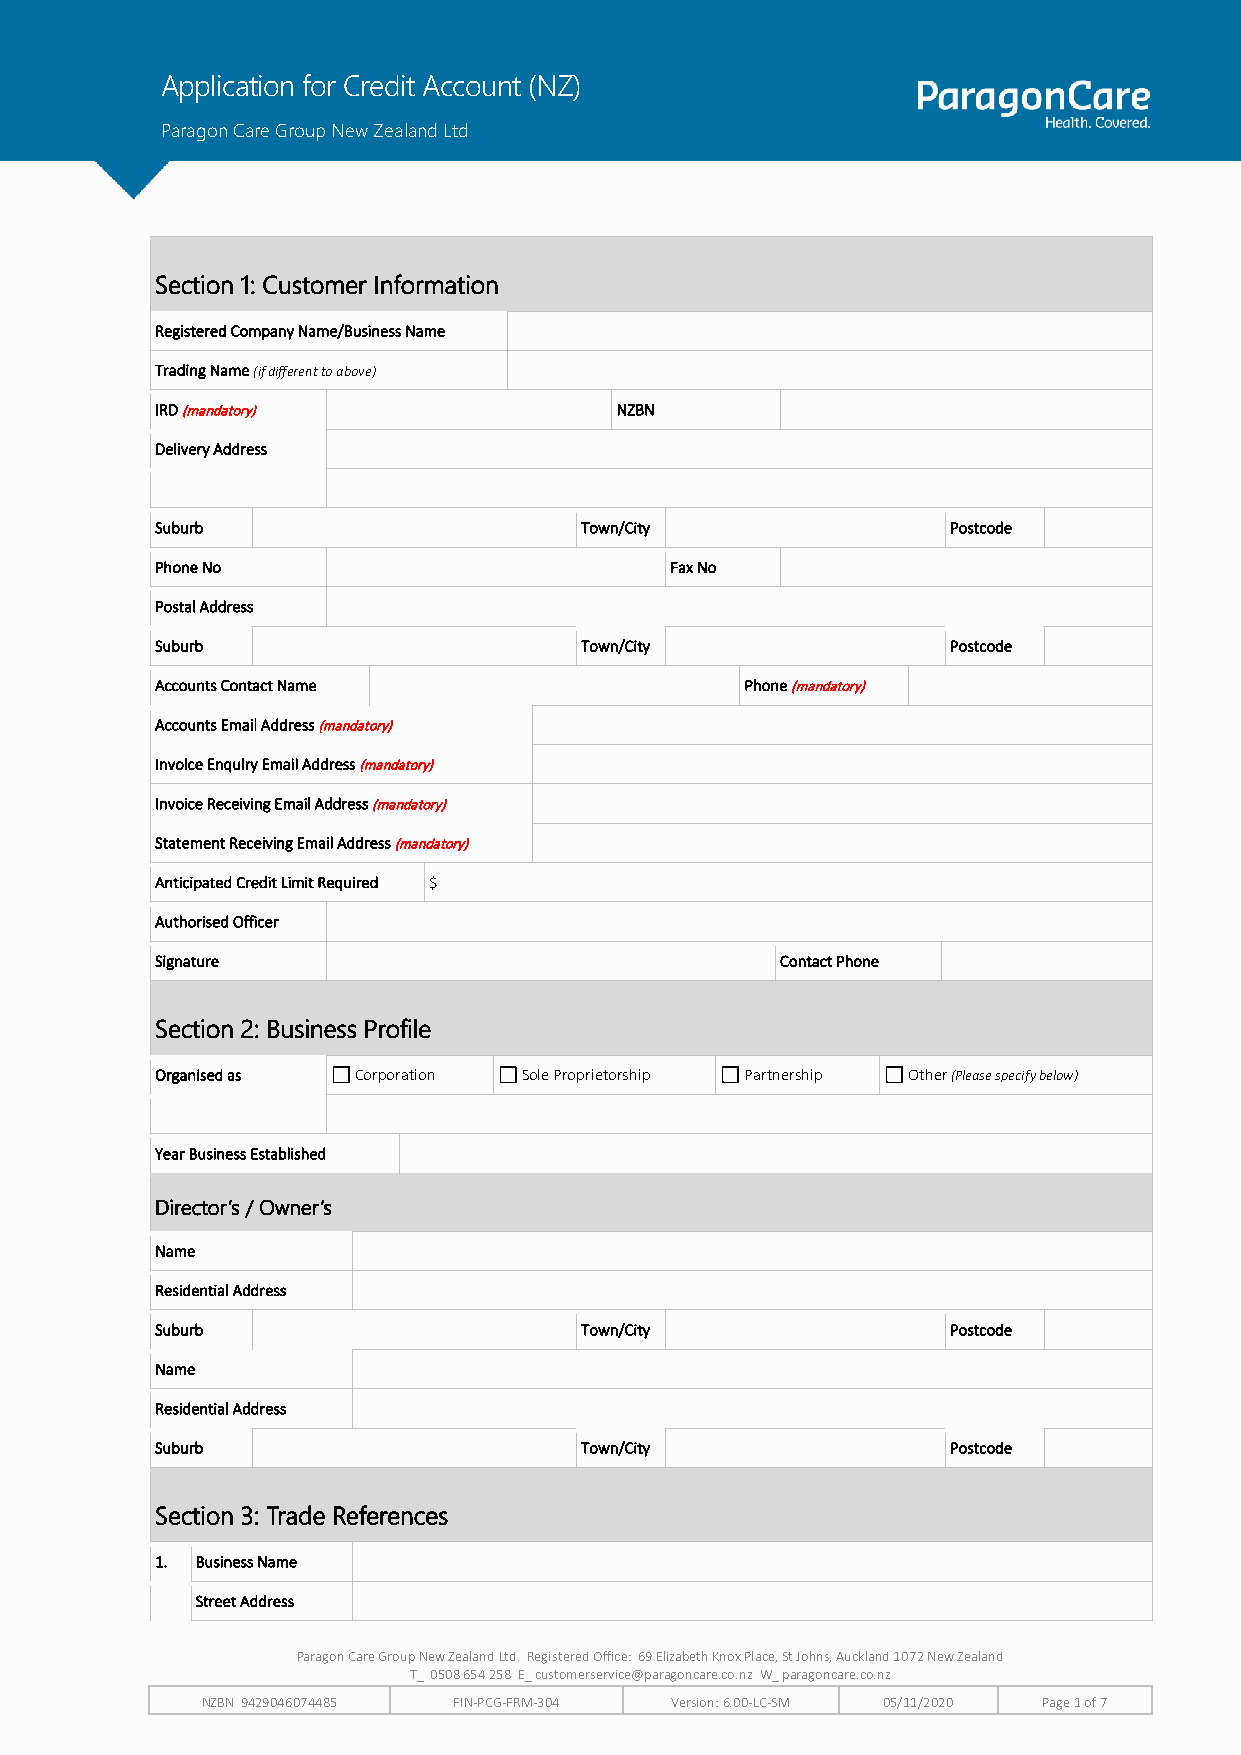
Application for Credit Account (NZ)
 Paragon Care Group New Zealand Ltd
 Section 1: Customer Information
 Registered Company Name/Business Name
 Trading Name (if different to above)
 IRD (mandatory)                NZBN
 Delivery Address
 Suburb                      Town/City                Postcode
 Phone No                          Fax No
 Postal Address
 Suburb                      Town/City                Postcode
 Accounts Contact Name                  Phone (mandatory)
 Accounts Email Address (mandatory)
 Invoice Enquiry Email Address (mandatory)
 Invoice Receiving Email Address (mandatory)
 Statement Receiving Email Address (mandatory)
 Anticipated Credit Limit Required $
 Authorised Officer
 Signature                                 Contact Phone
 Section 2: Business Profile
 Organised as  Corporation Sole Proprietorship Partnership Other (Please specify below)
 Year Business Established
 Director’s / Owner’s
 Name
 Residential Address
 Suburb                      Town/City                Postcode
 Name
 Residential Address
 Suburb                      Town/City                Postcode
 Section 3: Trade References
 1. Business Name
 Street Address
 Paragon Care Group New Zealand Ltd. Registered Office: 69 Elizabeth Knox Place, St Johns, Auckland 1072 New Zealand
 T_ 0508 654 258 E_ customerservice@paragoncare.co.nz W_ paragoncare.co.nz
 NZBN 9429046074485 FIN-PCG-FRM-304 Version: 6.00-LC-SM 05/11/2020 Page 1 of 7